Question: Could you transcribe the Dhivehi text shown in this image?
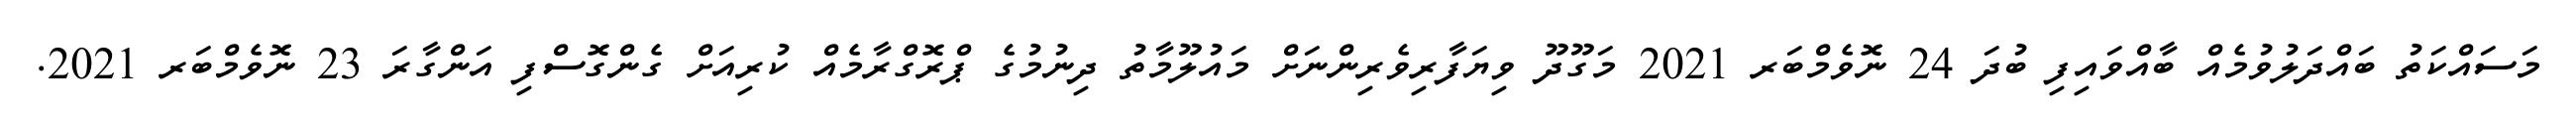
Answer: މަސައްކަތު ބައްދަލުވުމެއް ބާއްވައިފި ބުދަ 24 ނޮވެމްބަރ 2021 މަގޫދޫ ވިޔަފާރިވެރިންނަށް މައުލޫމާތު ދިނުމުގެ ޕްރޮގްރާމެއް ކުރިއަށް ގެންގޮސްފި އަންގާރަ 23 ނޮވެމްބަރ 2021.